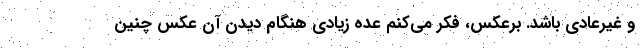
و غیرعادی باشد. برعکس، فکر می‌کنم عده‌ زیادی هنگام دیدن آن عکس چنین